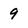
Character: 9